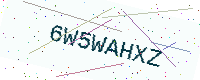
Text: 6W5WAHXZ